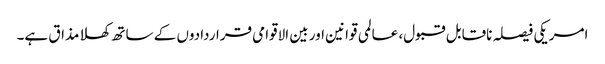
امریکی فیصلہ ناقابل قبول، عالمی قوانین اور بین الاقوامی قراردادوں کے ساتھ کھلا مذاق ہے۔